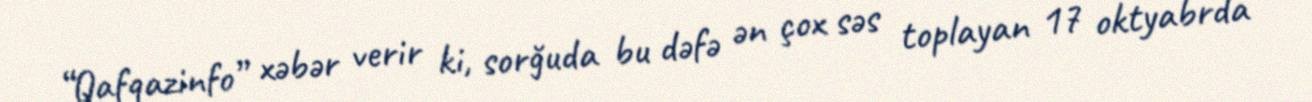
“Qafqazinfo” xəbər verir ki, sorğuda bu dəfə ən çox səs toplayan 17 oktyabrda